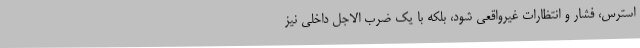
استرس، فشار و انتظارات غیرواقعی شود، بلکه با یک ضرب الاجل داخلی نیز